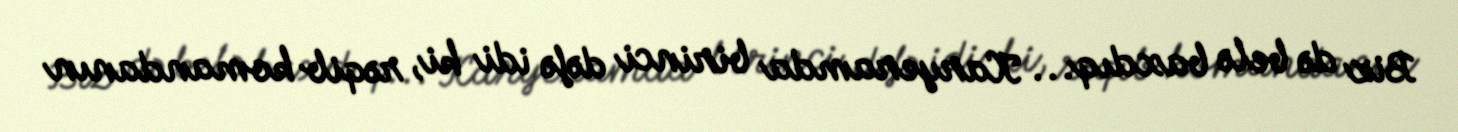
Biz də belə baxdıq... Karyeramda birinci dəfə idi ki, rəqib komandanın